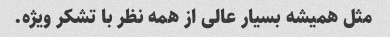
مثل همیشه بسیار عالی از همه نظر با تشکر ویژه.